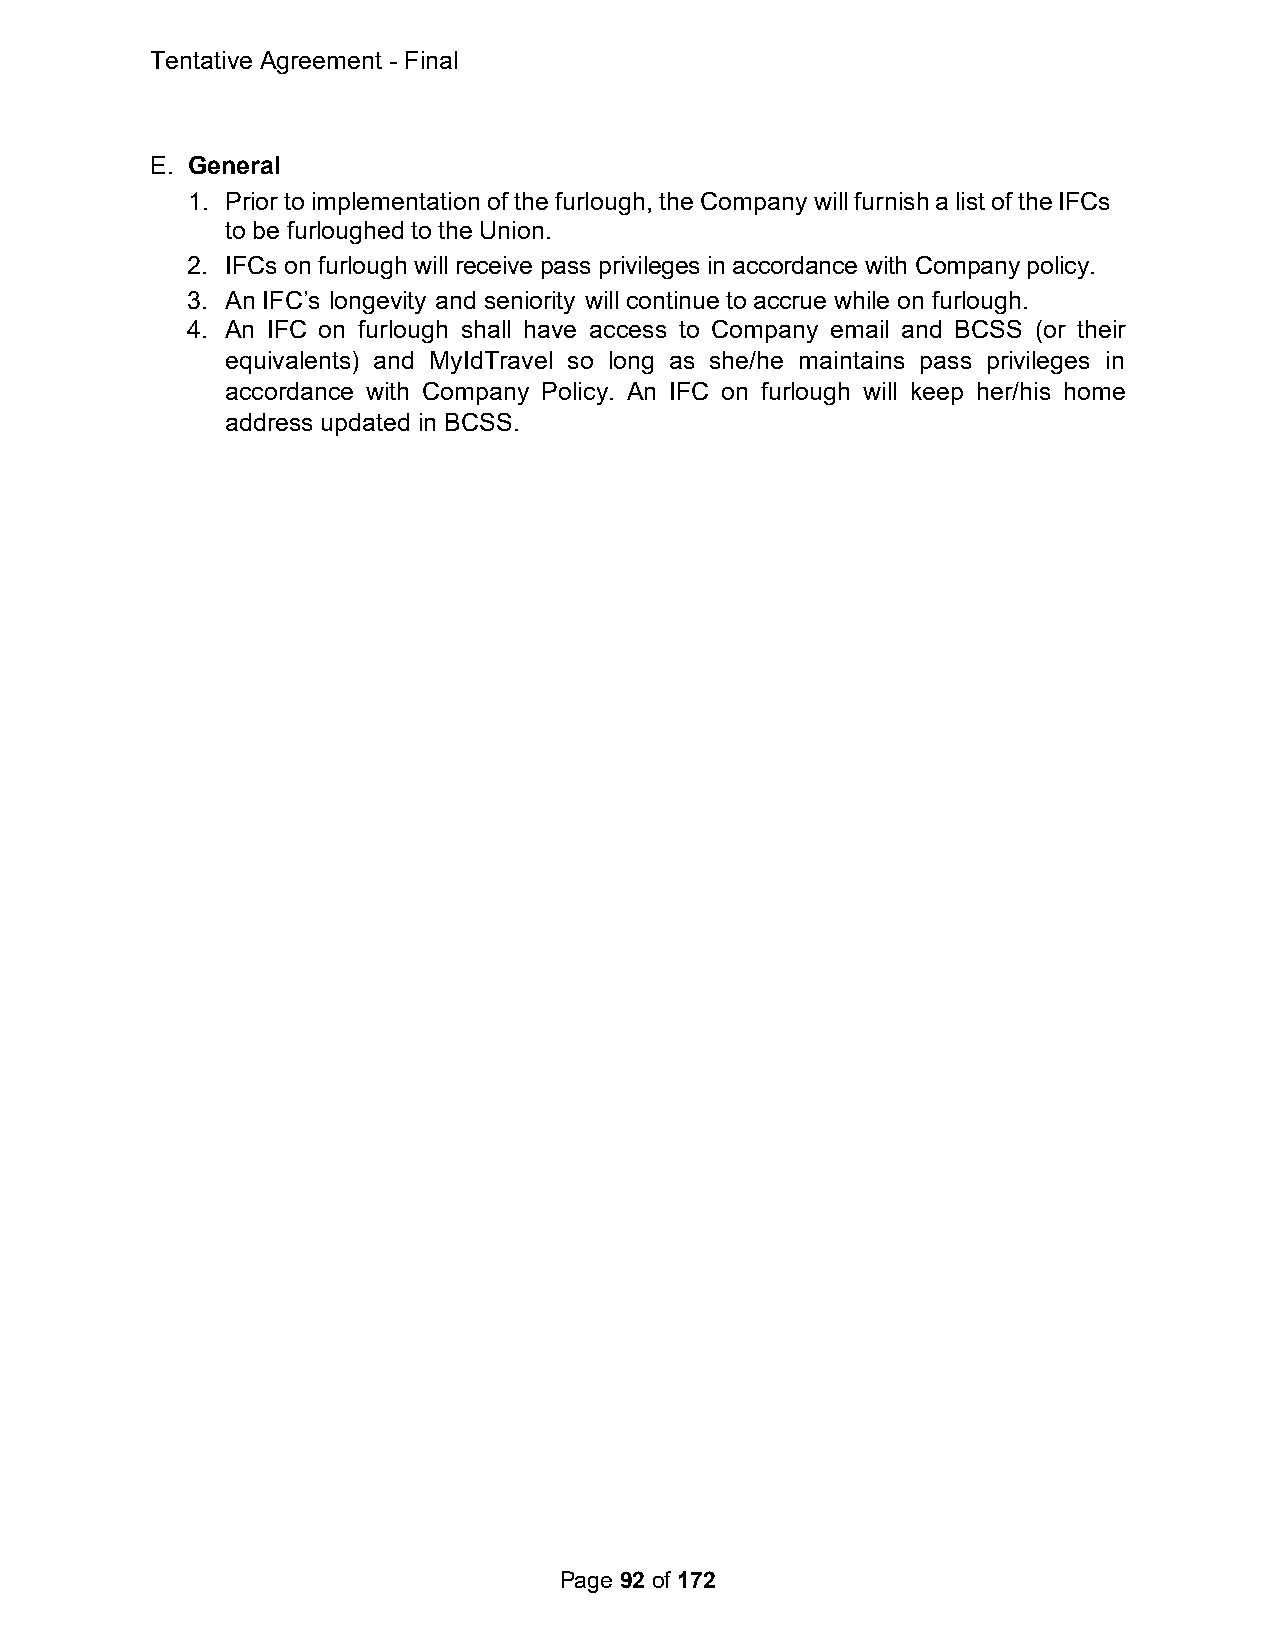
Tentative Agreement - Final
 E. General
 1. Prior to implementation of the furlough, the Company will furnish a list of the IFCs
 to be furloughed to the Union.
 2. IFCs on furlough will receive pass privileges in accordance with Company policy.
 3. An IFC’s longevity and seniority will continue to accrue while on furlough.
 4. An IFC on furlough shall have access to Company email and BCSS (or their
 equivalents) and MyIdTravel so long as she/he maintains pass privileges in
 accordance with Company Policy. An IFC on furlough will keep her/his home
 address updated in BCSS.
 Page 92 of 172